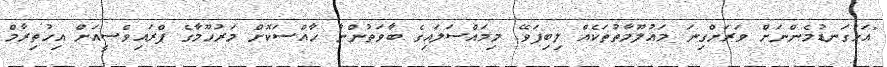
"އަޅުގަނޑުމެންނަށް ވަރަށްގިނަ މައުލޫމާތުތަކެއް ލިބިފަވޭ. މިމައްސަލައިގެ ބާވަތުންނާ ހާއްސަކޮށް މަރުހޫމާގެ ޕްރައިވެސީއަށް އިހުތިރާމް